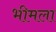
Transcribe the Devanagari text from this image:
भीमला